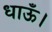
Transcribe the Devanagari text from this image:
धाऊँ।